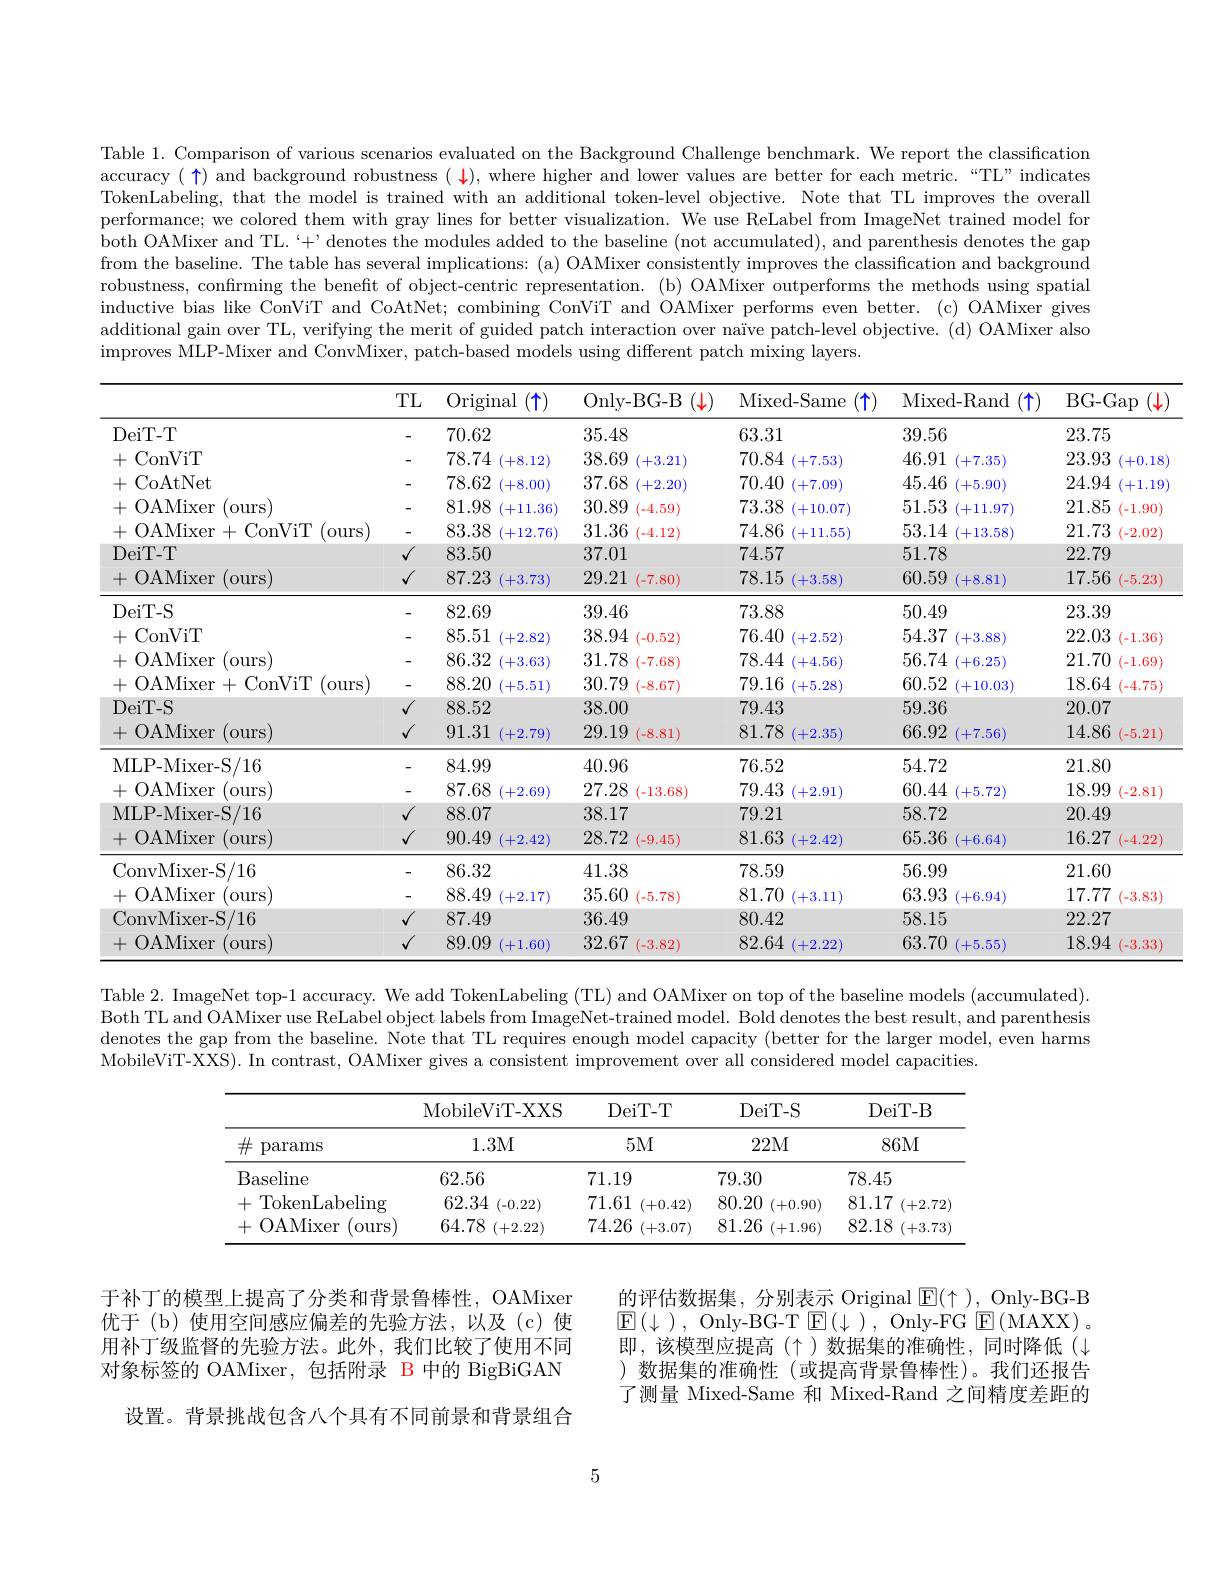
Table 1. Comparison of various scenarios evaluated on the Background Challenge benchmark. We report the classification accuracy $(\uparrow)$ and background robustness $(\downarrow)$, where higher and lower values are better for each metric. “TL” indicates TokenLabeling, that the model is trained with an additional token-level objective. Note that TL improves the overall performance; we colored them with gray lines for better visualization. We use ReLabel from ImageNet trained model for both OAMixer and TL.`+' denotes the modules added to the baseline (not accumulated), and parenthesis denotes the gap from the baseline. The table has several implications: (a) OAMixer consistently improves the classification and background robustness, confrming the benefit of object-centric representation. (b) OAMixer outperforms the methods using spatial inductive bias like ConViT and CoAtNet; combining ConViT and OAMixer performs even better. (c) OAMixer gives additional gain over TL, verifying the merit of guided patch interaction over naïve patch-level objective. (d) OAMixer also improves MLP-Mixer and ConvMixer, patch-based models using different patch mixing layers.

<table>
	<tbody>
		<tr>
			<th> </th>
			<th>TL</th>
			<th>Original $\uparrow$</th>
			<th>Only- BG- B $(\downarrow$</th>
			<th>Mixed- Same 千</th>
			<th>Mixed- Rand $(\uparrow$</th>
			<th>BG- Gap $(\downarrow$</th>
		</tr>
		<tr>
			<td>DeiT- T</td>
			<td>-</td>
			<td>70.62</td>
			<td>35.48</td>
			<td>63.31</td>
			<td>39.56</td>
			<td>23.75</td>
		</tr>
		<tr>
			<td>十 ConViT</td>
			<td>-</td>
			<td>78.74 (+8.12)</td>
			<td>38.69 (+3.21)</td>
			<td>70.84 (+7.53</td>
			<td>46.91 (+7.35)</td>
			<td>23.93 +0.18</td>
		</tr>
		<tr>
			<td>+CoAtNet</td>
			<td>-</td>
			<td>78.62 (+8.00)</td>
			<td>37.68 (+2.20)</td>
			<td>70.40 (+7.09)</td>
			<td>45.46 (+5.90)</td>
			<td>24.94 +1.19</td>
		</tr>
		<tr>
			<td>十 OAMixer (ours)</td>
			<td>-</td>
			<td>81.98 (+11.36)</td>
			<td>30.89 (-4.59)</td>
			<td>73.38 (+10.07)</td>
			<td>51.53 (+11.97)</td>
			<td>21.85 (-1.90)</td>
		</tr>
		<tr>
			<td>+OAMixer $\cdot+$ ConViT (ours)</td>
			<td>-</td>
			<td>83.38 (+12.76)</td>
			<td>31.36 (-4.12)</td>
			<td>74.86 (+11.55)</td>
			<td>53.14 (+13.58)</td>
			<td>21.73 (-2.02</td>
		</tr>
		<tr>
			<td>DeiT-T</td>
			<td>$\sqrt{1}$</td>
			<td>83.50</td>
			<td>37.01</td>
			<td>74.57</td>
			<td>51.78</td>
			<td>22.79</td>
		</tr>
		<tr>
			<td>+OAMixer (ours)</td>
			<td>$√$</td>
			<td>87.23 (+3.73)</td>
			<td>29.21 (-7.80)</td>
			<td>78.15 (+3.58)</td>
			<td>60.59 (+8.81)</td>
			<td>17.56 (-5.23)</td>
		</tr>
		<tr>
			<td>DeiT- S</td>
			<td>-</td>
			<td>82.69</td>
			<td>39.46</td>
			<td>73.88</td>
			<td>50.49</td>
			<td>23.39</td>
		</tr>
		<tr>
			<td>ConViT 十</td>
			<td>-</td>
			<td>85.51 (+2.82</td>
			<td>38.94 (-0.52)</td>
			<td>76.40 (+2.52</td>
			<td>54.37 (+3.88</td>
			<td>22.03 (-1.36)</td>
		</tr>
		<tr>
			<td>OAMixer 十 (ours)</td>
			<td>-</td>
			<td>86.32 (+3.63)</td>
			<td>31.78 (-7.68)</td>
			<td>78.44 (+4.56</td>
			<td>56.74 (+6.25)</td>
			<td>21.70 (-1.69)</td>
		</tr>
		<tr>
			<td>(ours +OAMixer+ - ConViT</td>
			<td>-</td>
			<td>88.20 (+5.51)</td>
			<td>30.79 (-8.67</td>
			<td>79.16 (+5.28)</td>
			<td>60.52 (+10.03)</td>
			<td>18.64 (-4.75)</td>
		</tr>
		<tr>
			<td>DeiT-S</td>
			<td>$√$</td>
			<td>88.52</td>
			<td>38.00</td>
			<td>79.43</td>
			<td>59.36</td>
			<td>20.07</td>
		</tr>
		<tr>
			<td>+OAMixer(ours)</td>
			<td>$√$</td>
			<td>91.31 (+2.79)</td>
			<td>29.19 (-8.81)</td>
			<td>81.78 (+2.35)</td>
			<td>66.92 (+7.56)</td>
			<td>14.86 (-5.21)</td>
		</tr>
		<tr>
			<td>MLP- Mixer- S/ 16</td>
			<td>-</td>
			<td>84.99</td>
			<td>40.96</td>
			<td>76.52</td>
			<td>54.72</td>
			<td>21.80</td>
		</tr>
		<tr>
			<td>+ OAMixer (ours)</td>
			<td>-</td>
			<td>87.68 (+2.69)</td>
			<td>27.28 (-13.68)</td>
			<td>79.43 (+2.91)</td>
			<td>60.44 (+5.72</td>
			<td>18.99 (-2.81)</td>
		</tr>
		<tr>
			<td>MLP-Mixer-S/16</td>
			<td>$√$</td>
			<td>88.07</td>
			<td>38.17</td>
			<td>79.21</td>
			<td>58.72</td>
			<td>20.49</td>
		</tr>
		<tr>
			<td>$+OAMixer$ (ours</td>
			<td>$√$</td>
			<td>90.49 (+2.42)</td>
			<td>28.72 (-9.45)</td>
			<td>81.63 (+2.42</td>
			<td>65.36 (+6.64)</td>
			<td>16.27 (-4.22)</td>
		</tr>
		<tr>
			<td>ConvMixer- S/ 16</td>
			<td>-</td>
			<td>86.32</td>
			<td>41.38</td>
			<td>78.59</td>
			<td>56.99</td>
			<td>21.60</td>
		</tr>
		<tr>
			<td>十 OAMixer (ours)</td>
			<td>-</td>
			<td>88.49 (+2.17)</td>
			<td>35.60 (-5.78)</td>
			<td>81.70 (+3.11)</td>
			<td>63.93 (+6.94)</td>
			<td>17.77 (-3.83)</td>
		</tr>
		<tr>
			<td>ConvMixer-S/16</td>
			<td>$\sqrt{1}$</td>
			<td>87.49</td>
			<td>36.49</td>
			<td>80.42</td>
			<td>58.15</td>
			<td>22.27</td>
		</tr>
		<tr>
			<td>$+OAMixer$ $(ours)$</td>
			<td>$\sqrt{1}$</td>
			<td>89.09 (+1.60)</td>
			<td>32.67 (-3.82)</td>
			<td>82.64 (+2.22)</td>
			<td>63.70 (+5.55)</td>
			<td>18.94 (-3.33)</td>
		</tr>
	</tbody>
</table>

Table 2. ImageNet top-1 accuracy. We add TokenLabeling (TL) and OAMixer on top of the baseline models (accumulated). Both TL and OAMixer use ReLabel object labels from ImageNet-trained model. Bold denotes the best result, and parenthesis denotes the gap from the baseline. Note that TL requires enough model capacity (better for the larger model, even harms MobileViT-XXS). In contrast, OAMixer gives a consistent improvement over all considered model capacities.

<table>
	<tbody>
		<tr>
			<th> </th>
			<th>MobileViT- XXS</th>
			<th>DeiT- T</th>
			<th>DeiT- S</th>
			<th>DeiT- B</th>
		</tr>
		<tr>
			<td>$\#$ params</td>
			<td>1.3M</td>
			<td>$5M$</td>
			<td>22M</td>
			<td>86M</td>
		</tr>
		<tr>
			<td>Baseline</td>
			<td>62.56</td>
			<td>71.19</td>
			<td>79.30</td>
			<td>78.45</td>
		</tr>
		<tr>
			<td>+ TokenLabeling</td>
			<td>62.34 (-0.22)</td>
			<td>71.61 (+0.42)</td>
			<td>80.20 (+0.90)</td>
			<td>81.17 (+2.72]</td>
		</tr>
		<tr>
			<td>OAMixer ours +</td>
			<td>64.78 (+2.22)</td>
			<td>74.26 (+3.07)</td>
			<td>81.26 (+1.96)</td>
			<td>82.18 (+3.73</td>
		</tr>
	</tbody>
</table>

的评估数据集，分别表示 Original $\boxed{\mathbb{E}}(\uparrow)$, Only-BG-B ${\textcircled{\mathrm{E}}}\left(\downarrow\right),{\mathrm{~Only-BG-T~}}{\textcircled{\mathrm{E}}}\left(\downarrow\right),{\mathrm{~Only-FG~}}{\textcircled{\mathrm{E}}}\left({\mathrm{MAXX}}\right)$。即 ,该模型应提高 (个 )数据集的准确性，同时降低 (小)数据集的准确性(或提高背景鲁棒性)。我们还报告了测量 Mixed-Same 和 Mixed-Rand 之间精度差距的

于补丁的模型上提高了分类和背景鲁棒性，OAMixer 优于(b)使用空间感应偏差的先验方法，以及(c)使用补丁级监督的先验方法。此外，我们比较了使用不同对象标签的 OAMixer,包括附录 B 中的 BigBiGAN
设置。背景挑战包含八个具有不同前景和背景组合

5